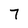
Character: 7